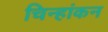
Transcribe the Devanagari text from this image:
चिन्हांकन